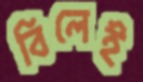
বিলেই